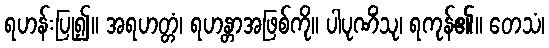
ရဟန်းပြု၍။ အရဟတ္တံ၊ ရဟန္တာအဖြစ်ကို။ ပါပုဏိံသု၊ ရကုန်၏။ တေသံ၊